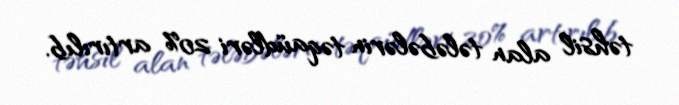
təhsil alan tələbələrin təqaüdləri 20% artırılıb.